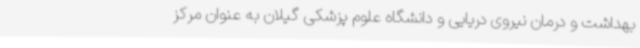
بهداشت و درمان نیروی دریایی و دانشگاه علوم پزشکی گیلان به عنوان مرکز